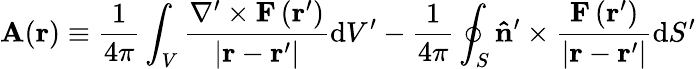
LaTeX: \mathbf{A}(\mathbf{r})\equiv{\frac{1}{4\pi}}\int_{V}{\frac{\nabla^{\prime}\times\mathbf{F}\left(\mathbf{r}^{\prime}\right)}{\left|\mathbf{r}-\mathbf{r}^{\prime}\right|}}\mathrm{d}V^{\prime}-{\frac{1}{4\pi}}\oint_{S}\mathbf{\hat{n}}^{\prime}\times{\frac{\mathbf{F}\left(\mathbf{r}^{\prime}\right)}{\left|\mathbf{r}-\mathbf{r}^{\prime}\right|}}\mathrm{d}S^{\prime}